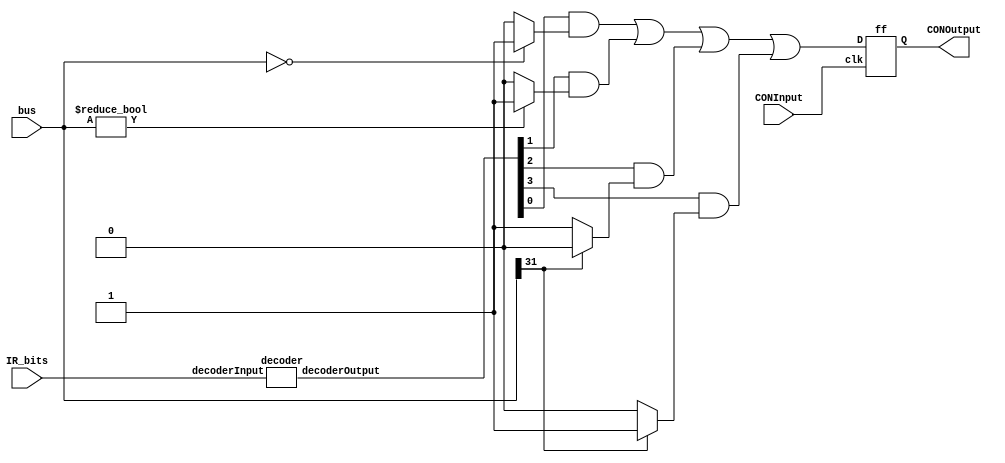

`timescale 1ns/10ps

module CONFF(input [1:0] IR_bits, input signed [31:0] bus, input CONInput, output CONOutput);
	wire [3:0] decoderOutput;
	wire equal;
	wire notEqual;
	wire positive;
	wire negative;
	wire branchFlag;
	
	assign equal 		= (bus == 32'd0) ? 1'b1 : 1'b0;
	assign notEqual		= (bus != 32'd0) ? 1'b1 : 1'b0;
	assign positive		= (bus[31] == 0) ? 1'b1 : 1'b0;
	assign negative 	= (bus[31] == 1) ? 1'b1 : 1'b0;
	
	decoder	dec(IR_bits, decoderOutput);
	assign branchFlag=(decoderOutput[0]&equal|decoderOutput[1]&notEqual|decoderOutput[2]&positive|decoderOutput[3]&negative);
	ff CONff(.clk(CONInput), .D(branchFlag), .Q(CONOutput));
endmodule

module ff(input wire clk, input wire D, output reg Q, output reg Q_not);	
	initial begin
		Q <= 0;
		Q_not <= 1;
	end
	always@(clk) 
	begin
		Q <= D;
		Q_not <= !D;
	end
endmodule

module decoder(input wire [1:0] decoderInput, output reg [3:0] decoderOutput);
	always@(*) begin
		case(decoderInput)
         		4'b00 : decoderOutput <= 4'b0001;    
       		 	4'b01 : decoderOutput <= 4'b0010;    
         		4'b10 : decoderOutput <= 4'b0100;    
         		4'b11 : decoderOutput <= 4'b1000;    
      		endcase
   	end
endmodule

module CONFF_logic_tb();
	reg [1:0] IR_bits;
	reg signed [31:0] bus;
	reg CON_in;
	wire CON_out;
	
	initial begin
	     IR_bits=2'b00; bus=32'd0; CON_in=0;
	  #5 IR_bits=2'b00; bus=32'd0; CON_in=0;	
	  #5 IR_bits=2'b00; bus=32'd0; CON_in=1;	
	  #5 IR_bits=2'b00; bus=32'd5; CON_in=0;	
	  #5 IR_bits=2'b00; bus=32'd5; CON_in=1;	

	  #5 IR_bits=2'b01; bus=32'd5; CON_in=0;		
	  #5 IR_bits=2'b01; bus=32'd5; CON_in=1;		 
  	  #5 IR_bits=2'b01; bus=32'd0; CON_in=0;	
	  #5 IR_bits=2'b01; bus=32'd0; CON_in=1;	
	 
	  #5 IR_bits=2'b10; bus=32'd5; CON_in=0;		
	  #5 IR_bits=2'b10; bus=32'd5; CON_in=1;	
	  #5 IR_bits=2'b10; bus=   -5; CON_in=0;	  
	  #5 IR_bits=2'b10; bus=   -5; CON_in=1;	
	     
	  #5 IR_bits=2'b11; bus=   -5; CON_in=0;	
	  #5 IR_bits=2'b11; bus=   -5; CON_in=1;
	  #5 IR_bits=2'b11; bus=    5; CON_in=0;	
	  #5 IR_bits=2'b11; bus=    5; CON_in=1;
	end
	CONFF CONFF(IR_bits, bus, CON_in, CON_out);
endmodule